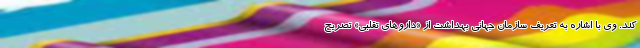
کند. وی با اشاره به تعریف سازمان جهانی بهداشت از «داروهای تقلبی» تصریح